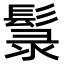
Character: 䰁